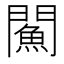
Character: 𨶢